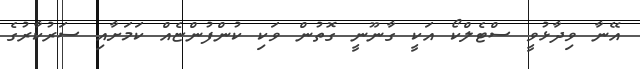
އޭނާ ވިދާޅުވީ ސްޓެލްކޯ އަކީ ގާނޫނީ ގޮތުން ވަކި ކުންފުންޏެއް ކަމަށާއި ސަރުކާރުގެ